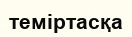
теміртасқа